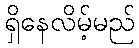
ရှိနေလိမ့်မည်